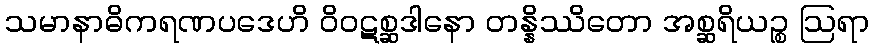
သမာနာဓိကရဏပဒေဟိ ဝိဝဋစ္ဆဒါနော တန္နိဿိတော အစ္ဆရိယဉ္စ ဩရာ